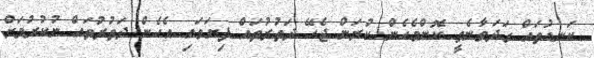
ކަނޑުތައް ގަދަވާނެތީ ކޮންމެހެން ކުރަން ޖެހޭ ދަތުރުތައް ފިޔަވައި އެހެން ދަތުރުތައް ނުކުރުމަށް